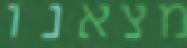
מצאנו